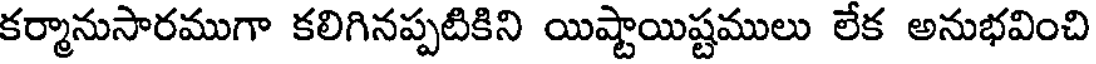
కర్మానుసారముగా కలిగినప్పటికిని యిష్టాయిష్టములు లేక అనుభవించి